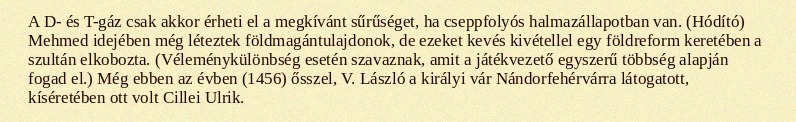
A D- és T-gáz csak akkor érheti el a megkívánt sűrűséget, ha cseppfolyós halmazállapotban van. (Hódító) Mehmed idejében még léteztek földmagántulajdonok, de ezeket kevés kivétellel egy földreform keretében a szultán elkobozta. (Véleménykülönbség esetén szavaznak, amit a játékvezető egyszerű többség alapján fogad el.) Még ebben az évben (1456) ősszel, V. László a királyi vár Nándorfehérvárra látogatott, kíséretében ott volt Cillei Ulrik.